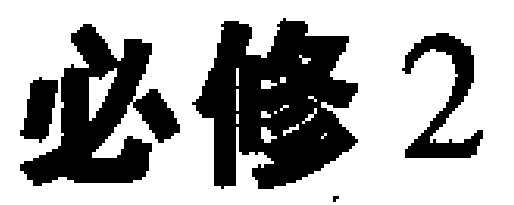
必修2